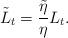
LaTeX: \begin{align*}\tilde{L}_t = \frac{\tilde{\eta}}{\eta} L_t.\end{align*}